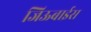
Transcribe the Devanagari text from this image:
जिऊबाईस